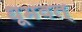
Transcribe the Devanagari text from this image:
धूमवत्